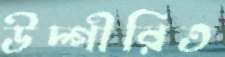
উদ্গীরিত